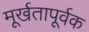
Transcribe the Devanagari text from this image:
मूर्खतापूर्वक